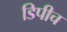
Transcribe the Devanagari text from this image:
डिपीच